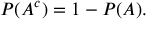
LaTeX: P ( A ^ { c } ) = 1 - P ( A ) .